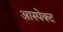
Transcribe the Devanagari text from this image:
आस्पेक्ट